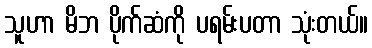
သူဟာ မိဘ ပိုက်ဆံကို ပရမ်းပတာ သုံးတယ်။